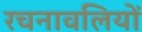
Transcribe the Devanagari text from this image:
रचनावलियों